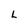
Character: L